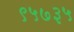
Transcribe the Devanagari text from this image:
९५७३५